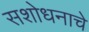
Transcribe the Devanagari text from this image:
सशोधनाचे